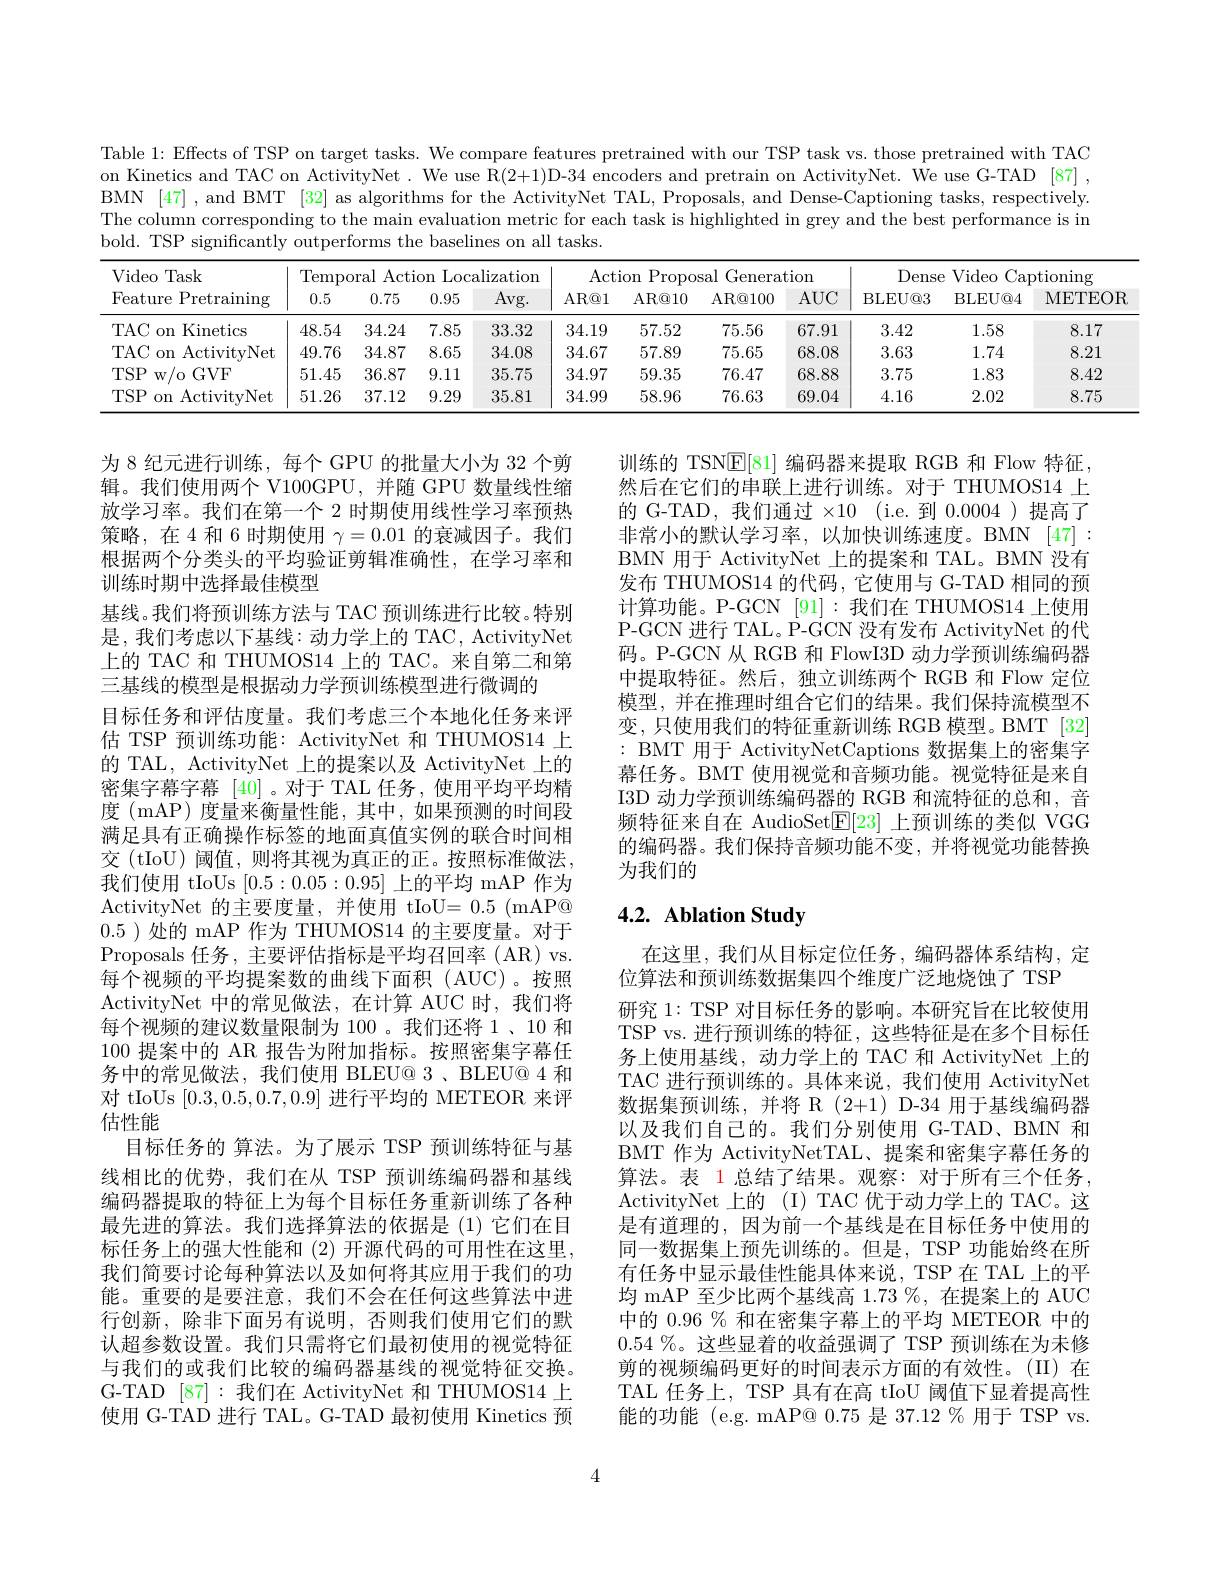
Table 1: Effects of TSP on target tasks. We compare features pretrained with our TSP task vs. those pretrained with TAC on Kinetics and TAC on ActivityNet. We use R(2+1)D-34 encoders and pretrain on ActivityNet. We use G-TAD [87] , BMN [47] , and BMT [32] as algorithms for the ActivityNet TAL, Proposals, and Dense-Captioning tasks, respectively The column corresponding to the main evaluation metric for each task is highlighted in grey and the best performance is in bold. TSP significantly outperforms the baselines on all tasks.

<table>
	<tbody>
		<tr>
			<th rowspan="2">Video Task Feature Pretraining</th>
			<th colspan="4">Temporal Action Localization</th>
			<th colspan="4">Action Proposal Generation</th>
			<th>Dense</th>
			<th colspan="2">{:}nse $V$ideo Captioning</th>
		</tr>
		<tr>
			<th>0.5</th>
			<th>0.75</th>
			<th>0.95</th>
			<th>Avg. </th>
			<th>AR@ 1</th>
			<th>$\operatorname{AR@10}$</th>
			<th>AR@ 100</th>
			<th>$AUC$</th>
			<th>BLEU@ 3</th>
			<th>BLEU@ 4</th>
			<th>METEOR</th>
		</tr>
		<tr>
			<td>TAC on Kinetics</td>
			<td>48.54</td>
			<td>34.24</td>
			<td>7.85</td>
			<td>33.32</td>
			<td>34.19</td>
			<td>57.52</td>
			<td>75.56</td>
			<td>67.91</td>
			<td>3.42</td>
			<td>1.58</td>
			<td>8.17</td>
		</tr>
		<tr>
			<td>TAC on ActivityNet</td>
			<td>49.76</td>
			<td>34.87</td>
			<td>8.65</td>
			<td>34.08</td>
			<td>34.67</td>
			<td>57.89</td>
			<td>75.65</td>
			<td>68.08</td>
			<td>3.63</td>
			<td>1.74</td>
			<td>8.21</td>
		</tr>
		<tr>
			<td>$TSP$ w/ 0GVF</td>
			<td>51.45</td>
			<td>36.87</td>
			<td>9.11</td>
			<td>35.75</td>
			<td>34.97</td>
			<td>59.35</td>
			<td>76.47</td>
			<td>68.88</td>
			<td>3.75</td>
			<td>1.83</td>
			<td>8.42</td>
		</tr>
		<tr>
			<td>TSP on ActivityNet</td>
			<td>51.26</td>
			<td>37.12</td>
			<td>9.29</td>
			<td>35.81</td>
			<td>34.99</td>
			<td>58.96</td>
			<td>76.63</td>
			<td>69.04</td>
			<td>4.16</td>
			<td>2.02</td>
			<td>8.75</td>
		</tr>
	</tbody>
</table>

训练的 TSN$\overline{\mathbb{E}}[81]$编码器来提取 RGB 和 Flow 特征， 然后在它们的串联上进行训练。对于 THUMOS14 上的 G-TAD,我们通过$\times 10$ ( i. e. 到 0.0004 )提高了非常小的默认学习率，以加快训练速度。BMN [47]: BMN 用于 ActivityNet 上的提案和 TAL。BMN 没有发布 THUMOS14 的代码，它使用与 G-TAD 相同的预计算功能。P-GCN [91]:我们在 THUMOS14 上使用P-GCN 进行 TAL。P-GCN 没有发布 ActivityNet 的代码。P-GCN 从 RGB 和 FlowI3D 动力学预训练编码器中提取特征。然后，独立训练两个 RGB 和 Flow 定位模型，并在推理时组合它们的结果。我们保持流模型不变，只使用我们的特征重新训练 RGB 模型。BMT [32] : BMT 用于 ActivityNetCaptions 数据集上的密集字幕任务。BMT 使用视觉和音频功能。视觉特征是来自I3D 动力学预训练编码器的 RGB 和流特征的总和，音频特征来自在 AudioSet$\mathbb{E}[23]$上预训练的类似 VGG 的编码器。我们保持音频功能不变，并将视觉功能替换为我们的

# 4.2. Ablation Study

为 8 纪元进行训练，每个 GPU 的批量大小为 32 个剪辑。我们使用两个 V100GPU,并随 GPU 数量线性缩放学习率。我们在第一个 2 时期使用线性学习率预热策略，在4和6时期使用$\gamma=0.01$的衰减因子。我们根据两个分类头的平均验证剪辑准确性，在学习率和训练时期中选择最佳模型
基线。我们将预训练方法与 TAC 预训练进行比较。特别是，我们考虑以下基线：动力学上的 TAC, ActivityNet 上的 TAC 和 THUMOS14 上的 TAC。来自第二和第三基线的模型是根据动力学预训练模型进行微调的
目标任务和评估度量。我们考虑三个本地化任务来评估 TSP 预训练功能：ActivityNet 和 THUMOS14 上的 TAL, ActivityNet 上的提案以及 ActivityNet 上的密集字幕字幕 [40]。对于 TAL 任务，使用平均平均精度 (mAP) 度量来衡量性能，其中，如果预测的时间段满足具有正确操作标签的地面真值实例的联合时间相交 (tIoU) 阈值，则将其视为真正的正。按照标准做法， 我们使用 tIoUs [0.5:0.05:0.95]上的平均 mAP 作为ActivityNet 的主要度量，并使用 tIoU=0.5 (mAP@) 0.5 )处的 mAP 作为 THUMOS14 的主要度量。对于Proposals 任务，主要评估指标是平均召回率 (AR) vs. 每个视频的平均提案数的曲线下面积(AUC)。按照ActivityNet 中的常见做法，在计算 AUC 时，我们将每个视频的建议数量限制为 100 。我们还将 1、10 和100提案中的 AR 报告为附加指标。按照密集字幕任务中的常见做法，我们使用 BLEU@ 3 、BLEU@ 4 和对 tIoUs [0.3,0.5,0.7,0.9]进行平均的 METEOR 来评估性能
目标任务的 算法。为了展示 TSP 预训练特征与基线相比的优势，我们在从 TSP 预训练编码器和基线编码器提取的特征上为每个目标任务重新训练了各种最先进的算法。我们选择算法的依据是(1)它们在目标任务上的强大性能和 (2)开源代码的可用性在这里我们简要讨论每种算法以及如何将其应用于我们的功能。重要的是要注意，我们不会在任何这些算法中进行创新，除非下面另有说明，否则我们使用它们的默认超参数设置。我们只需将它们最初使用的视觉特征与我们的或我们比较的编码器基线的视觉特征交换。G-TAD [87]:我们在 ActivityNet 和 THUMOS14上使用 G-TAD 进行 TAL。G-TAD 最初使用 Kinetics 预

在这里，我们从目标定位任务，编码器体系结构，定
位算法和预训练数据集四个维度广泛地烧蚀了 TSP
研究 1: TSP 对目标任务的影响。本研究旨在比较使用TSP vs.进行预训练的特征，这些特征是在多个目标任务上使用基线，动力学上的 TAC 和 ActivityNet 上的TAC 进行预训练的。具体来说，我们使用 ActivityNet 数据集预训练，并将 R (2+1) D-34 用于基线编码器以及我们自己的。我们分别使用 G-TAD、BMN 和BMT 作为 ActivityNetTAL、提案和密集字幕任务的算法。表 1 总结了结果。观察：对于所有三个任务， ActivityNet 上的(I)TAC 优于动力学上的 TAC。这是有道理的，因为前一个基线是在目标任务中使用的同一数据集上预先训练的。但是，TSP 功能始终在所有任务中显示最佳性能具体来说，TSP 在 TAL 上的平均 mAP 至少比两个基线高$1.73\%$,在提案上的 AUC 中的 0.96 % 和在密集字幕上的平均 METEOR 中的$0.54\%$。这些显着的收益强调了 TSP 预训练在为未修剪的视频编码更好的时间表示方面的有效性。(II)在TAL 任务上，TSP 具有在高 tIoU 阈值下显着提高性能的功能 (e.g. mAP@ 0.75是 37.12 % 用于 TSP vs.

4